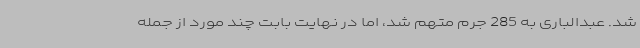
شد. عبدالباری به 285 جرم متهم شد، اما در نهایت بابت چند مورد از جمله